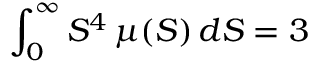
\int _ { 0 } ^ { \infty } S ^ { 4 } \, \mu ( S ) \, d S = 3